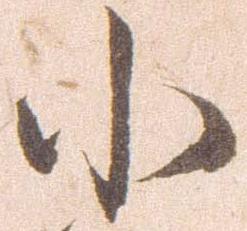
小